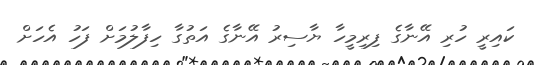
ކައިރީ ހުރި އޭނާގެ ފިރިމީހާ ޔާސިރު އޭނާގެ އަތުގާ ހިފާލުމަށް ފަހު އެހަށް